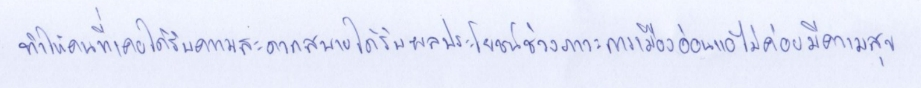
ทำให้คนที่เคยได้รับความสะดวกสบายได้รับผลประโยชน์ช่วงภาวะการเมืองอ่อนแอไม่ค่อยมีความสุข